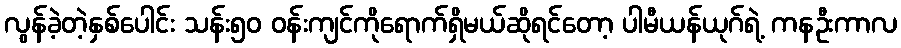
လွန်ခဲ့တဲ့နှစ်ပေါင်း သန်း၅၀ ဝန်းကျင်ကိုရောက်ရှိမယ်ဆိုရင်တော့ ပါမီယန်ယုဂ်ရဲ့ ကနဦးကာလ